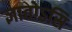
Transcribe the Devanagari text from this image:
ज्ञातोऽसि